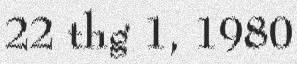
22 thg 1, 1980